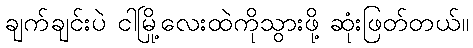
ချက်ချင်းပဲ ငါမြို့လေးထဲကိုသွားဖို့ ဆုံးဖြတ်တယ်။